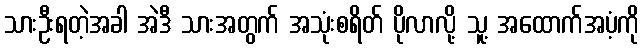
သားဦးရတဲ့အခါ အဲဒီ သားအတွက် အသုံးစရိတ် ပိုလာလို့ သူ့ အထောက်အပံ့ကို